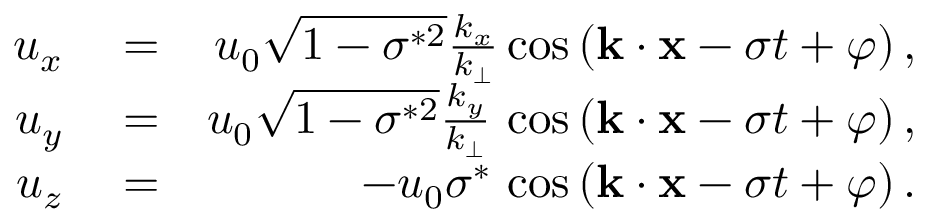
\begin{array} { r l r } { u _ { x } } & { { } = } & { u _ { 0 } \sqrt { 1 - \sigma ^ { * 2 } } \frac { k _ { x } } { k _ { \perp } } \cos { ( { \bf k } \cdot { \bf x } - \sigma t + \varphi ) } \, , } \\ { u _ { y } } & { { } = } & { u _ { 0 } \sqrt { 1 - \sigma ^ { * 2 } } \frac { k _ { y } } { k _ { \perp } } \, \cos { ( { \bf k } \cdot { \bf x } - \sigma t + \varphi ) } \, , } \\ { u _ { z } } & { { } = } & { - u _ { 0 } \sigma ^ { * } \, \cos { ( { \bf k } \cdot { \bf x } - \sigma t + \varphi ) } \, . } \end{array}